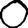
Digit: 0